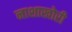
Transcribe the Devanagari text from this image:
नाशाखोरी